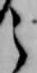
之